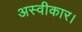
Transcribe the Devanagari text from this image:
अस्वीकार।